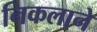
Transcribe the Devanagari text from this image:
निकलाने